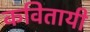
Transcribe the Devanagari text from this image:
कवितायी